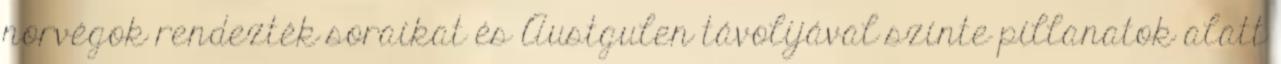
norvégok rendezték soraikat és Austgulen távolijával szinte pillanatok alatt